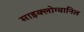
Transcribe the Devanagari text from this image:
साइक्लोग्वानिल